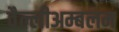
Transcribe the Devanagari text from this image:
वैल्लीअम्बलम